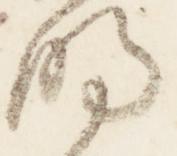
明